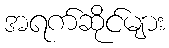
အရက်ဆိုင်များ